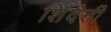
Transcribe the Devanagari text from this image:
शिंदेनी